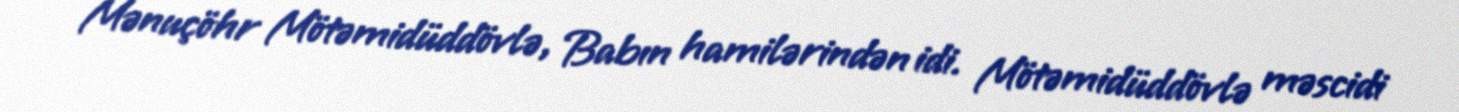
Mənuçöhr Mötəmidüddövlə, Babın hamilərindən idi. Mötəmidüddövlə məscidi